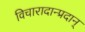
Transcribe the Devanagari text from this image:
विचारादान्प्रदान्